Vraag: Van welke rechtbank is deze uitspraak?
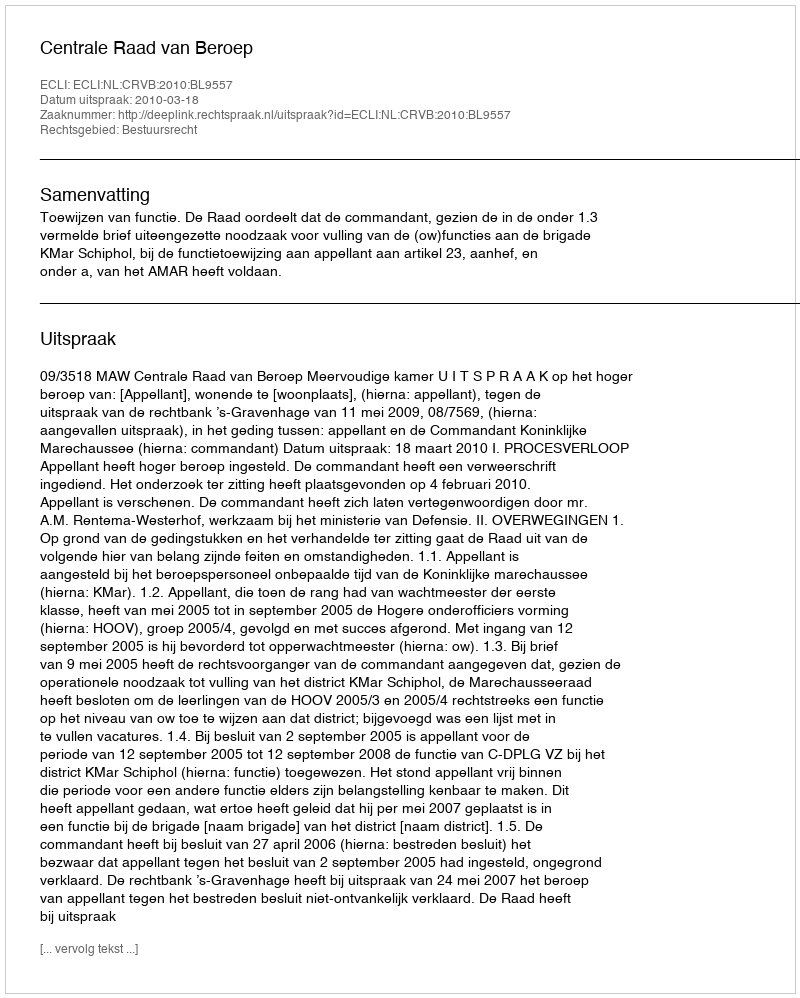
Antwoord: Centrale Raad van Beroep